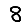
Digit: 8